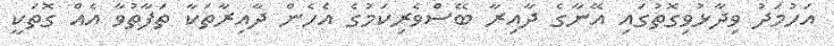
އަހުމަދު ވިދާޅުވިގޮތުގައި އޭނާގެ ދާއިރާ ބޭސްވެރިކަމުގެ އެހެން ދާއިރާތަކާ ތަފާތުވާ އެއް ގޮތަކީ